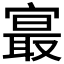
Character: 𪧨